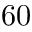
6 0